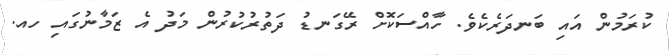
ކުރަމުން އައި ބަނދަރެކެވެ. ހާއްސަކޮށް ރޭގަނޑު ދަތުރުކުރުން މަދު އެ ޒަމާނުގައި ހއ.